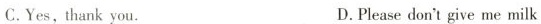
C.Yes,thank you. D.Please don“t give me milk